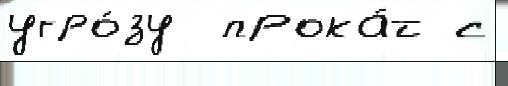
угро́зу  прока́т с